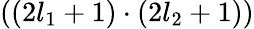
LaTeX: ((2l_{1}+1)\cdot(2l_{2}+1))